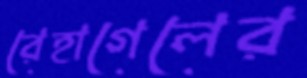
রেহাগেলের